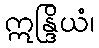
ဣန္ဒြိယံ၊